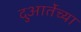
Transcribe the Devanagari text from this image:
दुआर्तेच्या